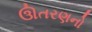
ઊતરણનો